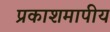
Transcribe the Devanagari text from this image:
प्रकाशमापीय